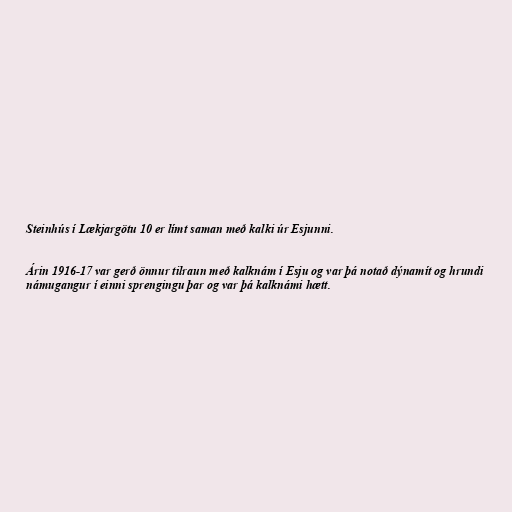
Steinhús í Lækjargötu 10 er límt saman með kalki úr Esjunni.

Árin 1916-17 var gerð önnur tilraun með kalknám í Esju og var þá notað dýnamít og hrundi
námugangur í einni sprengingu þar og var þá kalknámi hætt.